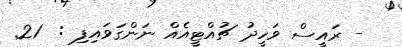
- ރައީސް ވަހީދު ޗުއްޓީއެއް ނަންގަވައިފި :  21